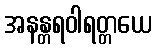
အနန္တရဝါရတ္တယေ